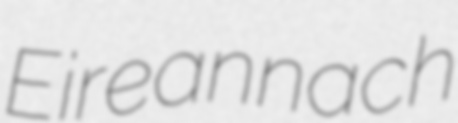
Eireannach